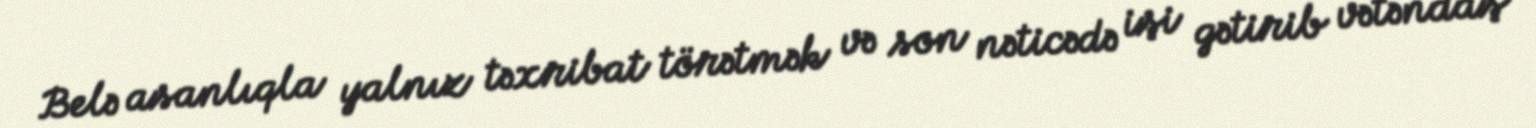
Belə asanlıqla yalnız təxribat törətmək və son nəticədə işi gətirib vətəndaş